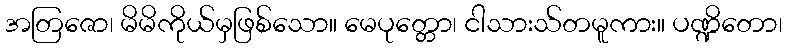
အတြဇော၊ မိမိကိုယ်မှဖြစ်သော။ မေပုတ္တော၊ ငါသားသ်တမူကား။ ပဏ္ဍိတော၊